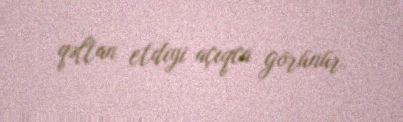
qəltan etdiyi açıqca görünür.